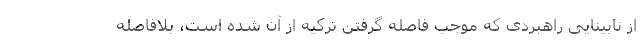
از نابینایی راهبردی که موجب فاصله‌ گرفتن ترکیه از آن شده است، بلافاصله